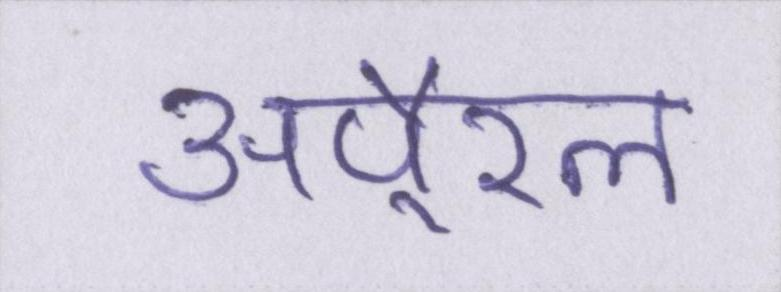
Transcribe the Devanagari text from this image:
अपै्रल